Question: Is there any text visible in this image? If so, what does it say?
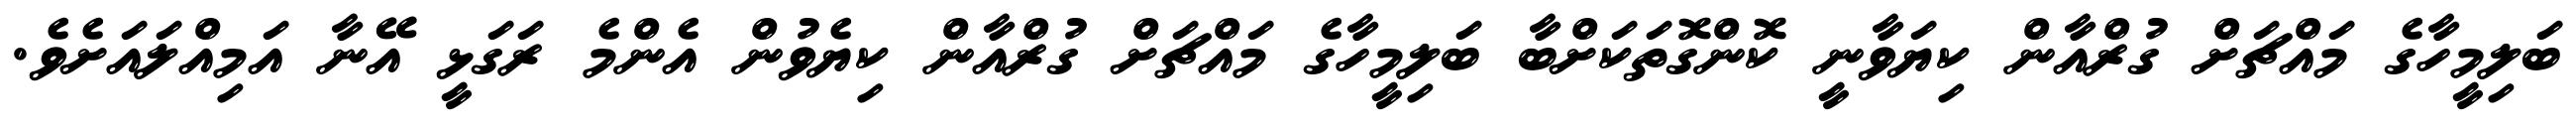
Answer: ބަލިމީހާގެ މައްޗަށް ގުރްއާން ކިޔަވާނީ ކޮންގޮތަކަށްބާ ބަލިމީހާގެ މައްޗަށް ގުރްއާން ކިޔެވުން އެންމެ ރަގަޅީ އޭނާ އަމިއްލައަށެވެ.